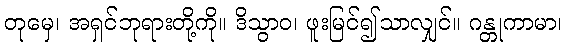
တုမှေ၊ အရှင်ဘုရားတို့ကို။ ဒိသွာဝ၊ ဖူးမြင်၍သာလျှင်။ ဂန္တုကာမာ၊